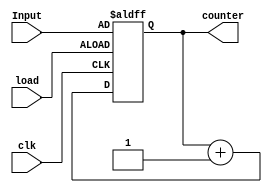

`timescale 1ns / 1ps
 
// Design Name: EXAMPLE (13) --->>   Write Verilog code for a 4-bit unsigned up counter with an asynchronous load from the primary input.

module Example13(counter, Input, clk, load);

output [3:0]counter;
input [3:0] Input;
input clk, load;
reg [3:0]counter_reg;

always @(posedge clk or posedge load)
begin
if(load)
counter_reg <= Input;
else 
counter_reg <= counter_reg + 4'b0001;
end

assign counter = counter_reg;

endmodule